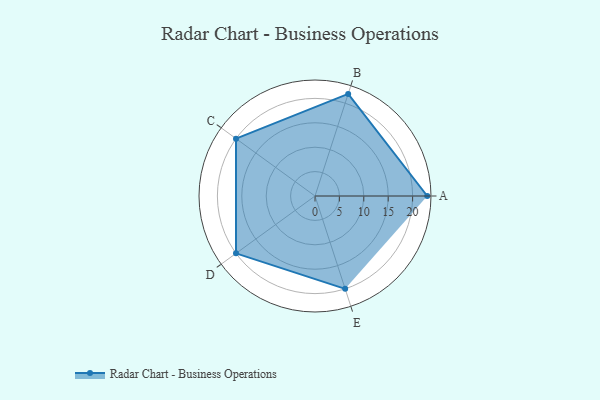
{"axis": {"x": "Skill", "y": "Score"}, "legend": ["Profile"], "data": [{"x": "A", "y": 23.0, "type": "Profile"}, {"x": "B", "y": 22.0, "type": "Profile"}, {"x": "C", "y": 20, "type": "Profile"}, {"x": "D", "y": 20, "type": "Profile"}, {"x": "E", "y": 20, "type": "Profile"}]}